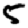
Digit: 5